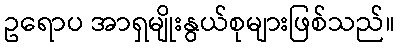
ဥရောပ အာရှမျိုးနွယ်စုများဖြစ်သည်။